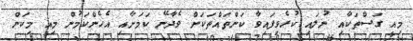
މިއީ ގަސްތަކާއި ނުލައި ކުރެވިފައިވާ ކަންތައްތަކަށް ވެދާނޭ ކަމަށާއި އެހެންކަމުން މިއީ މިކަން